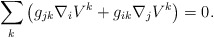
\begin{align*}\sum_{k} \left( g_{jk} \nabla_i V^k + g_{ik} \nabla_j V^k \right) = 0.\end{align*}